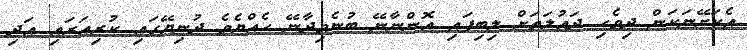
އެކަށޭނަކަން ދިވެހި ދައުލަތަށް ލިބިފައި އޮންނާނޭ ބުނެވިދާނޭ ހެއްޔެވެ ދުނިޔޭގައި ކުރިއަރައި އަދި